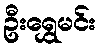
ဦးရွှေမင်း